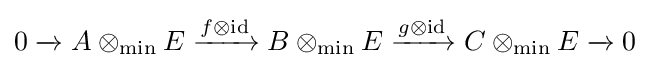
0\;{\xrightarrow {}}\;A\otimes _{\min }E\;{\xrightarrow {f\otimes \operatorname {id} }}\;B\otimes _{\min }E\;{\xrightarrow {g\otimes \operatorname {id} }}\;C\otimes _{\min }E\;{\xrightarrow {}}\;0